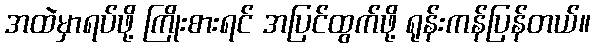
အထဲမှာရပ်ဖို့ ကြိုးစားရင် အပြင်ထွက်ဖို့ ရုန်းကန်ပြန်တယ်။